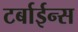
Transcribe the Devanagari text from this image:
टर्बाईन्स